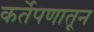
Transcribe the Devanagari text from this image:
कर्तेपणातून